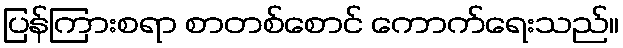
ပြန်ကြားစရာ စာတစ်စောင် ကောက်ရေးသည်။